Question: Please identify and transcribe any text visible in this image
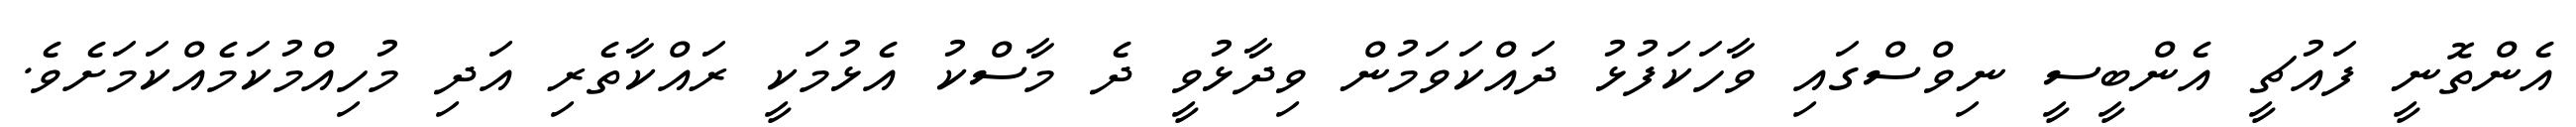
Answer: އެންތޮނީ ފައުޗީ އެންބީސީ ނިވްސްގައި ވާހަކަފުޅު ދައްކަވަމުން ވިދާޅުވީ ދެ މާސްކު އެޅުމަކީ ރައްކާތެރި އަދި މުހިއްމުކަމެއްކަމަށެވެ.